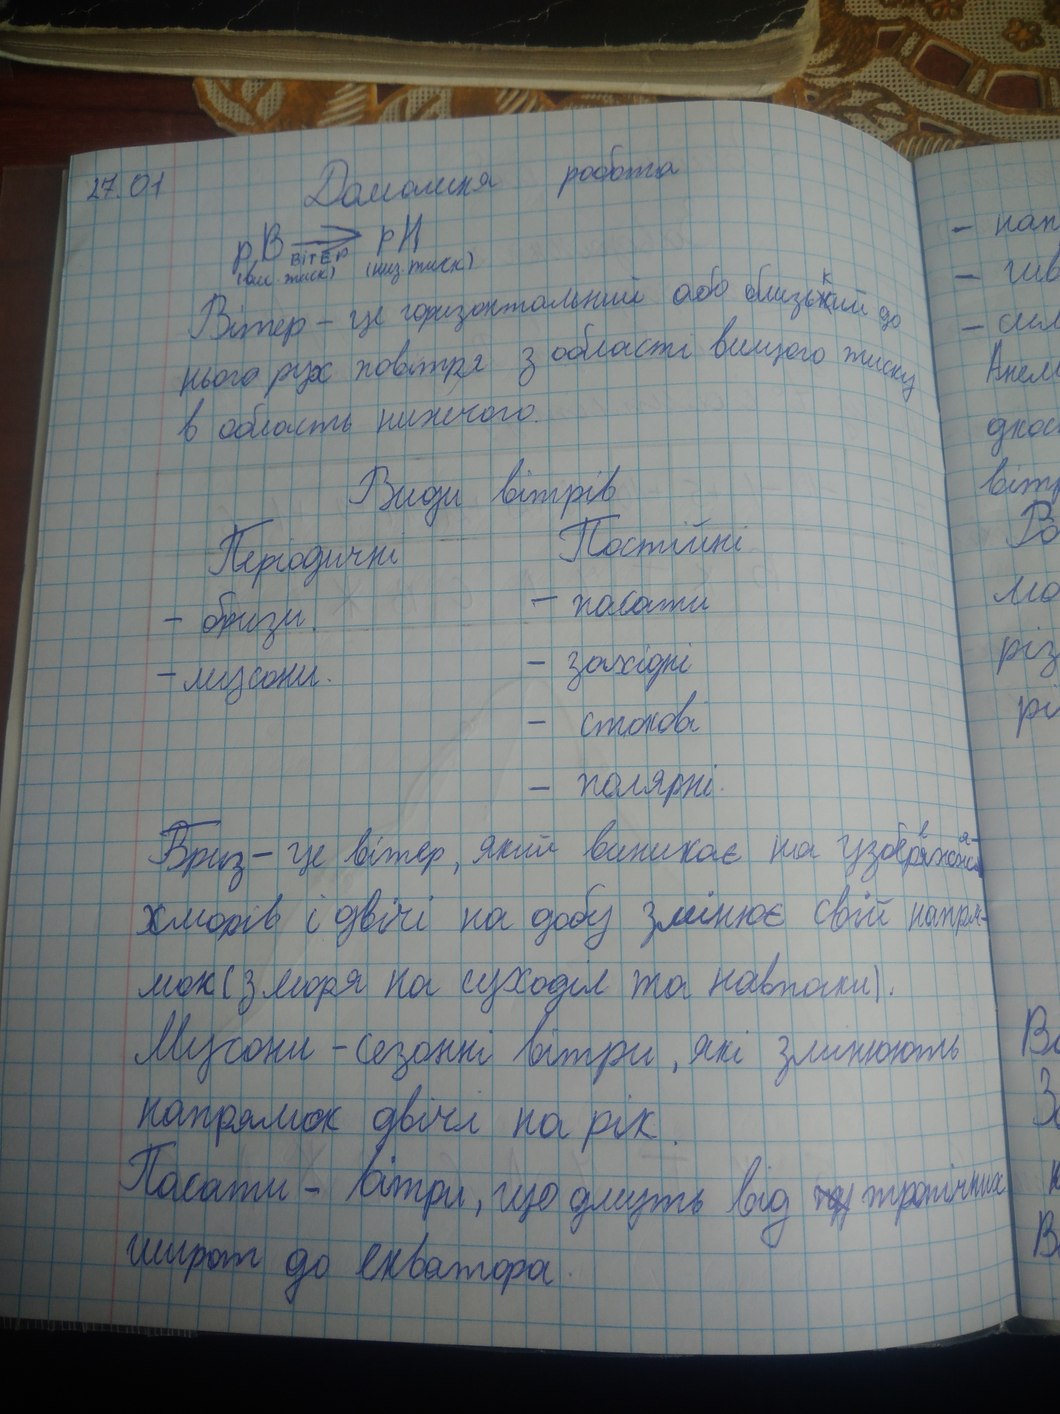
Домашня робота
27.01
pB \xrightarrow[\text{вітер}]{\text{(вис. тиск)}} pH \text{ (низь. тиск)}
Вітер - це горизонтальний або близь~~н~~{к}ий до
нього рух повітря з області вищого тиску
в область нижчого.
Види вітрів
Постійні
Періодичні
- пасати
- бризи.
- західні
- мусони.
- стокові
- полярні.
Бриз - це вітер, який виникає на узбер~~я~~{е}жж~~і~~{я-}
хмарів і двічі на добу змінює свій напря-
мок (з моря на суходіл та навпаки).
Мусони - сезонні вітри, які змінюють
напрямок двічі на рік.
Пасати - вітри, що дмуть від ~~пд~~ тропічних
широт до екватора.